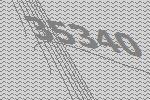
35340